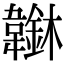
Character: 𩏭